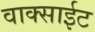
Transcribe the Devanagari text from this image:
वाक्साईट